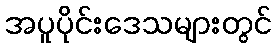
အပူပိုင်းဒေသများတွင်